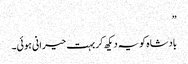
”
بادشاہ کو یہ دیکھ کر بہت حیرانی ہوئی۔